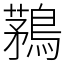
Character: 鶜